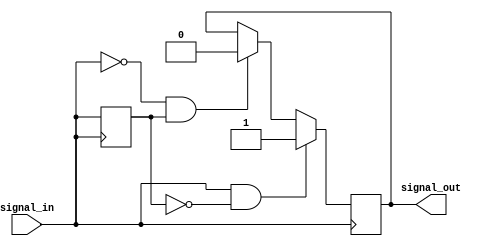
module schmitt_trigger(
    input wire signal_in,
    output reg signal_out
);

reg reg_out;
reg prev_signal;

parameter THRESHOLD_HIGH = 1'b1;
parameter THRESHOLD_LOW = 1'b0;

always @(posedge signal_in)
begin
    if (signal_in == THRESHOLD_HIGH && prev_signal == THRESHOLD_LOW)
    begin
        reg_out <= THRESHOLD_HIGH;
    end
    else if (signal_in == THRESHOLD_LOW && prev_signal == THRESHOLD_HIGH)
    begin
        reg_out <= THRESHOLD_LOW;
    end
    else
    begin
        reg_out <= reg_out;
    end
    prev_signal <= signal_in;
end

assign signal_out = reg_out;

endmodule